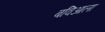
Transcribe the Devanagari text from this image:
बविआला